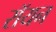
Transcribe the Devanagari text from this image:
रॉयन